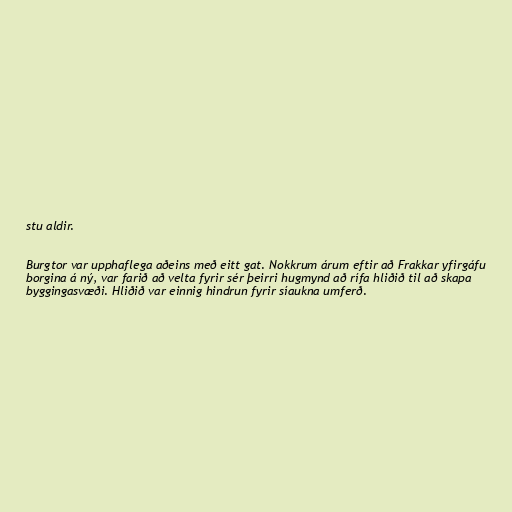
stu aldir.

Burgtor var upphaflega aðeins með eitt gat. Nokkrum árum eftir að Frakkar yfirgáfu
borgina á ný, var farið að velta fyrir sér þeirri hugmynd að rífa hliðið til að skapa
byggingasvæði. Hliðið var einnig hindrun fyrir síaukna umferð.